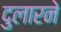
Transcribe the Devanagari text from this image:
दुलारने